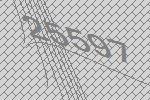
25597